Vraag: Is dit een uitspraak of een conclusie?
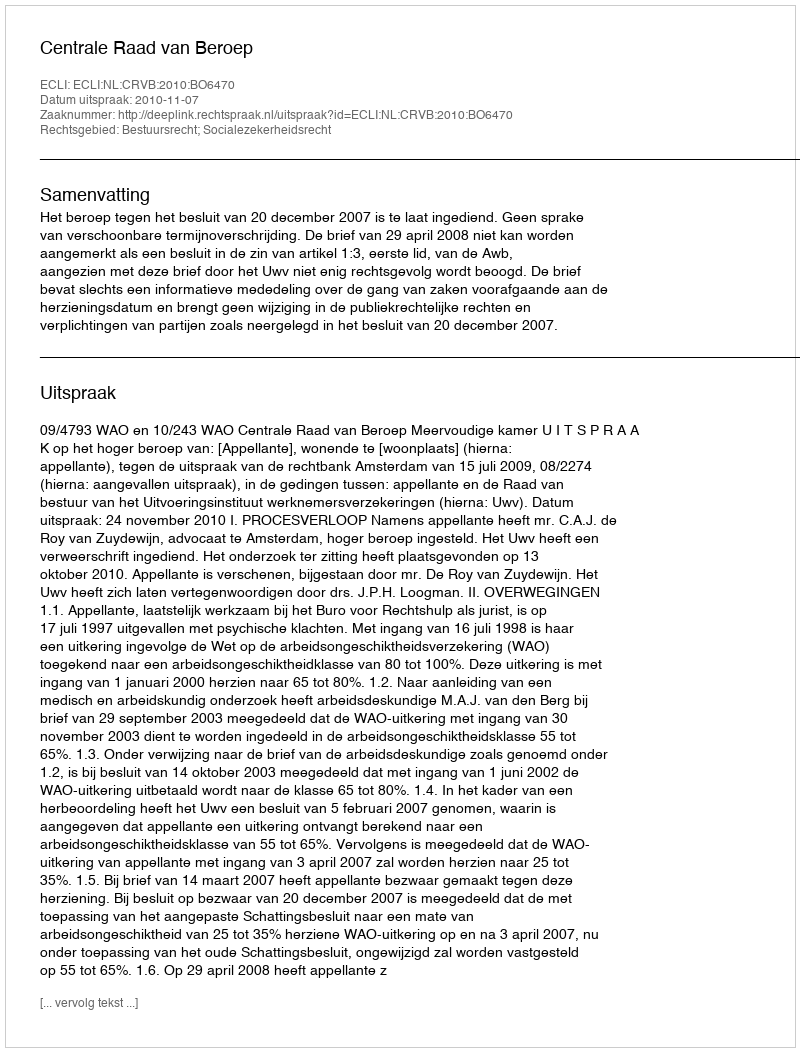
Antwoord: Uitspraak